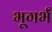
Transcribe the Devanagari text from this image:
भूगर्भं